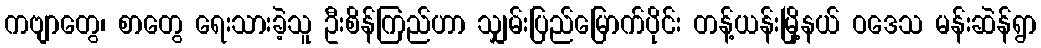
ကဗျာတွေ၊ စာတွေ ရေးသားခဲ့သူ ဦးစိန်ကြည်ဟာ သျှမ်းပြည်မြောက်ပိုင်း တန့်ယန်းမြို့နယ် ဝဒေသ မန်းဆဲန်ရွာ